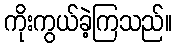
ကိုးကွယ်ခဲ့ကြသည်။